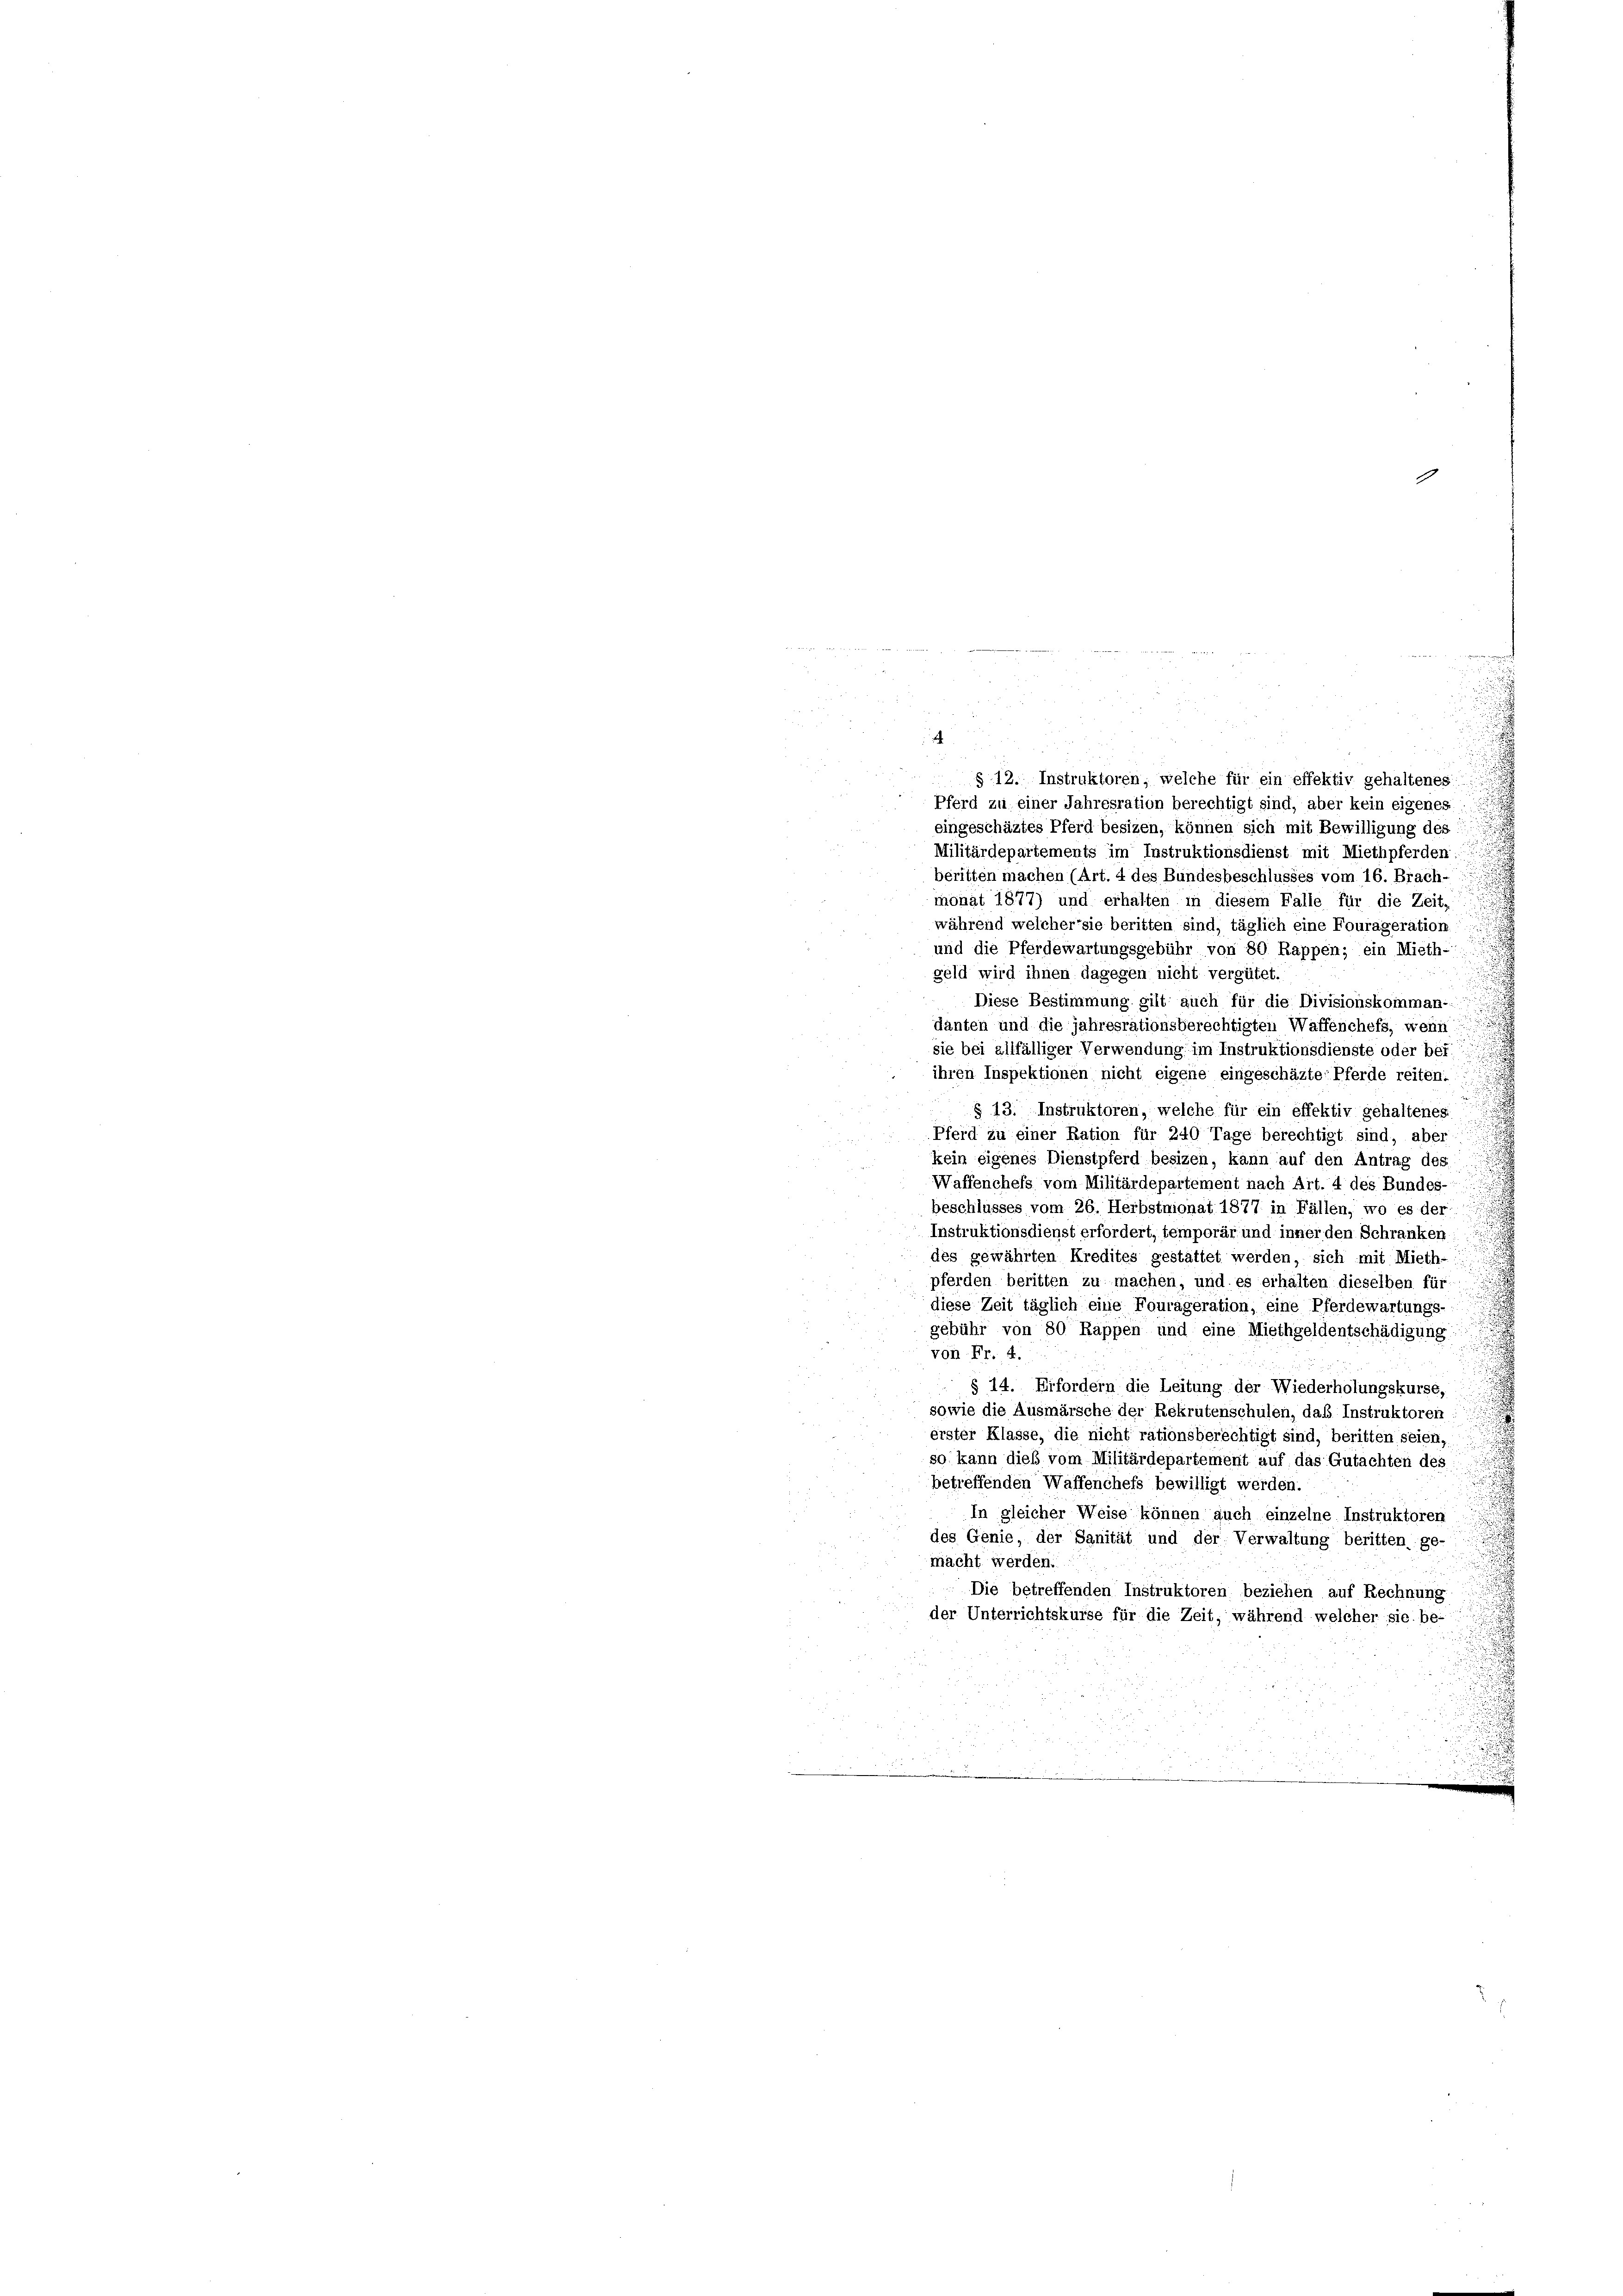
¬

1

§ 12. Instruktoren, welche für ein effektiv gehaltenes
Pferd zu einer Jahresration berechtigt sind, aber kein eigenes
eingeschäztes Pferd besizen, können sich mit Bewilligung des
Militärdepartements im Instruktionsdienst mit Miethpferden:
beritten machen (Art. 4 des Bundesbeschlusses vom 16. Brach-
monat 1877) und erhalten in diesem Falle für die Zeit,
während welcher sie beritten sind, täglich eine Fourageration
und die Pferdewartungsgebühr von 80 Rappen; ein Mieth-
geld wird ihnen dagegen nicht vergütet.
Diese Bestimmung gilt auch für die Divisionskomman-
danten und die jahresrationsberechtigten Waffenchefs, wenn
sie bei allfälliger Verwendung im Instruktionsdienste oder bei
ihren Inspektionen nicht eigene eingeschäzte Pferde reiten.
i
§ 13. Instruktoren, welche für ein effektiv gehaltenes
Pferd zu einer Ration für 240 Tage berechtigt sind, aber
a
kein eigenes Dienstpferd besizen, kann auf den Antrag des
Waffenchefs vom Militärdepartement nach Art. 4 des Bundes-
beschlusses vom 26. Herbstnionat 1877 in Fällen, wo es der
Instruktionsdienst erfordert, temporär und inner den Schranken
des gewährten Kredites gestattet werden, sich mit Mieth-
pferden beritten zu machen, und es erhalten dieselben für
diese Zeit täglich eine Fourageration, eine Pferdewartungs-
gebühr von 80 Rappen und eine Miethgeldentschädigung
von Fr. 4.
§ 14. Erfordern die Leitung der Wiederholungskurse,
sowie die Ausmärsche der Rekrutenschulen, das Instruktoren
erster Klasse, die nicht rationsberechtigt sind, beritten seien.
so kann dieß vom Militärdepartement auf das Gutachten des
betreffenden Waffenchefs bewilligt werden.
In gleicher Weise können auch einzelne Instruktoren
des Genie, der Sanität und der Verwaltung beritten ge-
macht werden.
Die betreffenden Instruktoren beziehen auf Rechnung
der Unterrichtskurse für die Zeit, während welcher